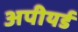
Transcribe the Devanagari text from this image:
अपीयर्ड